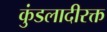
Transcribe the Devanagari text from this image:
कुंडलादीरक्त